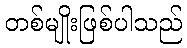
တစ်မျိုးဖြစ်ပါသည်